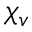
\chi _ { v }